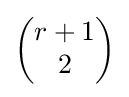
{\begin{pmatrix}r+1\\2\end{pmatrix}}